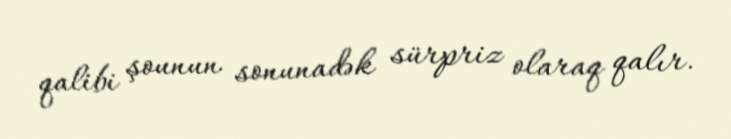
qalibi şounun sonunadək sürpriz olaraq qalır.